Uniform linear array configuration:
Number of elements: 64
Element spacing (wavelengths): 1
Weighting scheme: hann
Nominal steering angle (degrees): -15
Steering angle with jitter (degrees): -15.273
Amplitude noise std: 0.05
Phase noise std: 0.05

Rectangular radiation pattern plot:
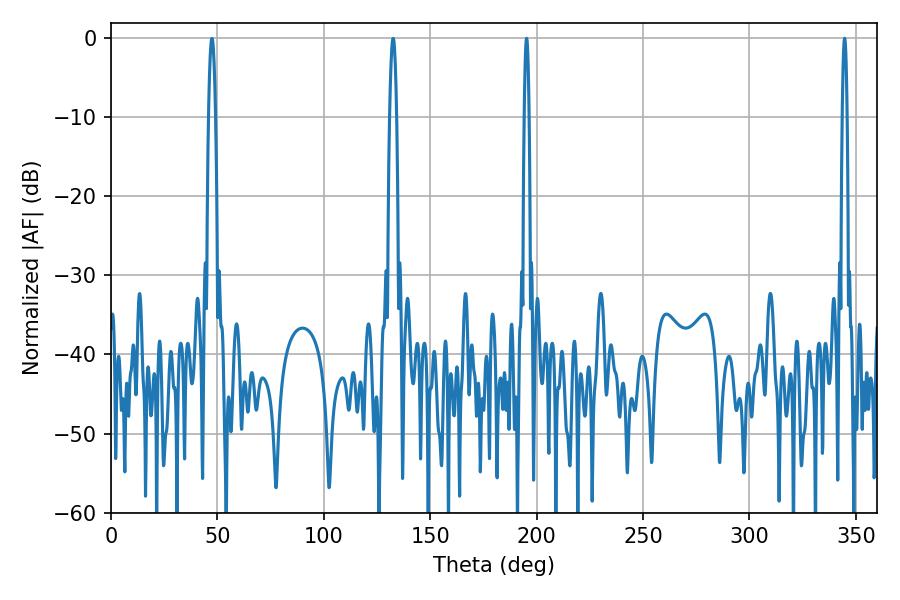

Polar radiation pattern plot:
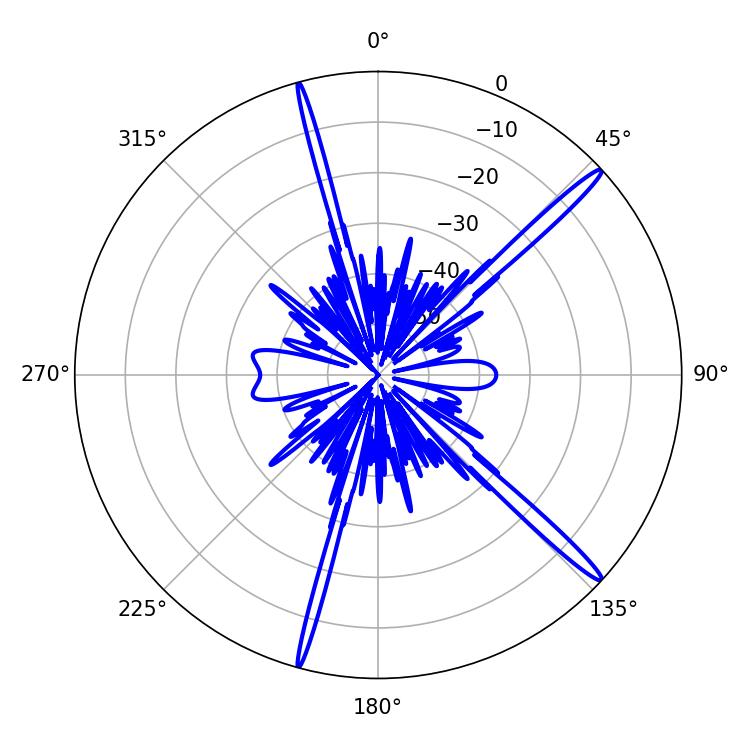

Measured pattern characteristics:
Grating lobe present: TRUE
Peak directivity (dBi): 17.15
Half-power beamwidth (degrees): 1.08
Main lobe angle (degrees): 344.7